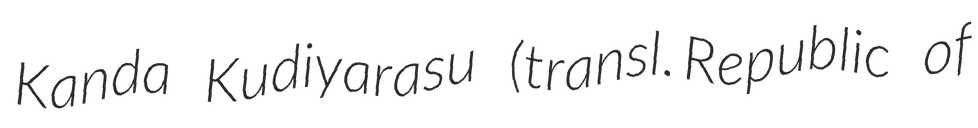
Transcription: Kanda Kudiyarasu (transl. Republic of